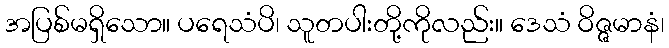
အပြစ်မရှိသော။ ပရေသံပိ၊ သူတပါးတို့ကိုလည်း။ ဒေသံ ဝိဇ္ဇမာနံ၊